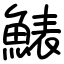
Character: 䱪